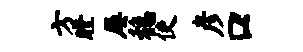
方瞠屡稳使彦口